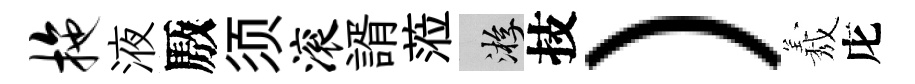
拖液厫须滚諝蒞游技）𦏁庀